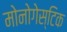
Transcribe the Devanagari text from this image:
मोनोगेस्टिक